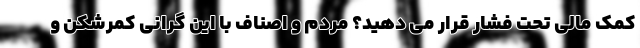
کمک مالی تحت فشار قرار می دهید؟ مردم و اصناف با این گرانی کمرشکن و